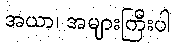
အယာ၊ အများကြီးပါ